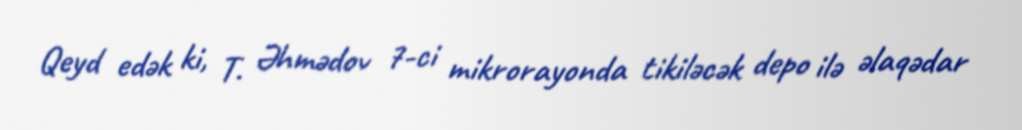
Qeyd edək ki, T. Əhmədov 7-ci mikrorayonda tikiləcək depo ilə əlaqədar